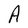
Character: A